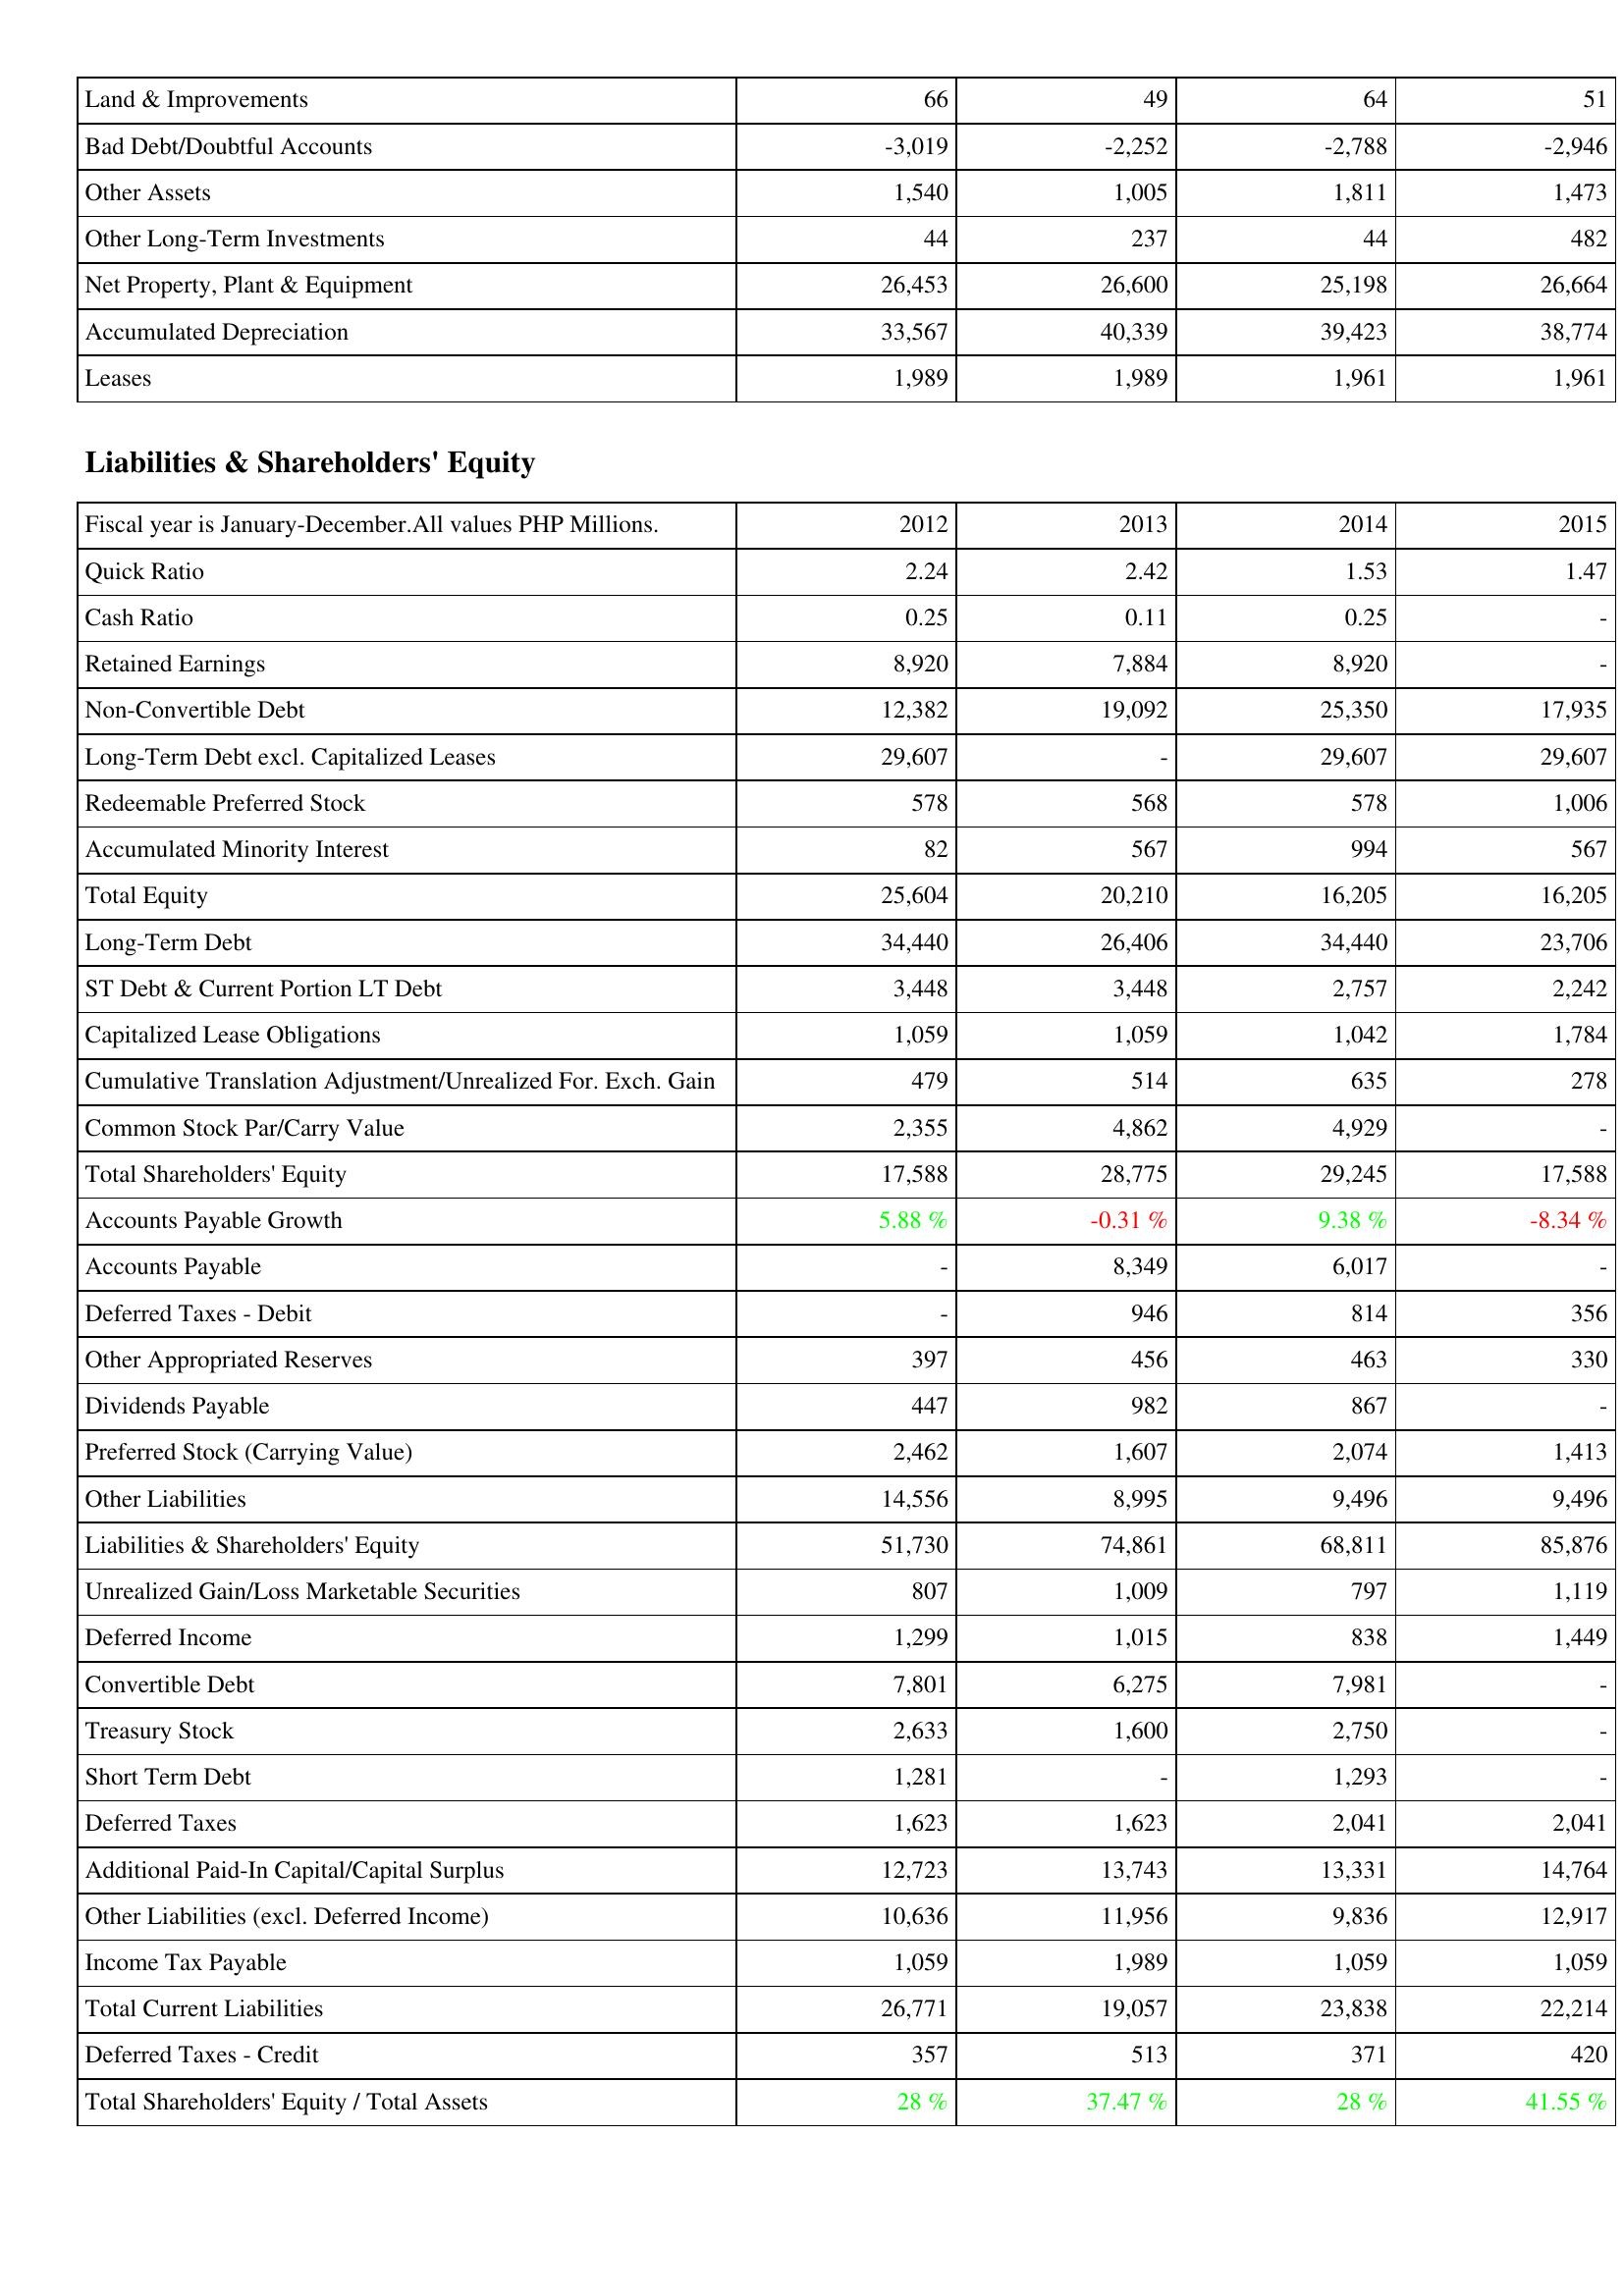
2012: Assets: Land & Improvements: 66
Bad Debt/Doubtful Accounts: -3,019
Other Assets: 1,540
Other Long-Term Investments: 44
Net Property, Plant & Equipment: 26,453
Accumulated Depreciation: 33,567
Leases: 1,989
Liabilities & Shareholders' Equity: Quick Ratio: 2.24
Cash Ratio: 0.25
Retained Earnings: 8,920
Non-Convertible Debt: 12,382
Long-Term Debt excl. Capitalized Leases: 29,607
Redeemable Preferred Stock: 578
Accumulated Minority Interest: 82
Total Equity: 25,604
Long-Term Debt: 34,440
ST Debt & Current Portion LT Debt: 3,448
Capitalized Lease Obligations: 1,059
Cumulative Translation Adjustment/Unrealized For. Exch. Gain: 479
Common Stock Par/Carry Value: 2,355
Total Shareholders' Equity: 17,588
Accounts Payable Growth: 5.88 %
Accounts Payable: -
Deferred Taxes - Debit: -
Other Appropriated Reserves: 397
Dividends Payable: 447
Preferred Stock (Carrying Value): 2,462
Other Liabilities: 14,556
Liabilities & Shareholders' Equity: 51,730
Unrealized Gain/Loss Marketable Securities: 807
Deferred Income: 1,299
Convertible Debt: 7,801
Treasury Stock: 2,633
Short Term Debt: 1,281
Deferred Taxes: 1,623
Additional Paid-In Capital/Capital Surplus: 12,723
Other Liabilities (excl. Deferred Income): 10,636
Income Tax Payable: 1,059
Total Current Liabilities: 26,771
Deferred Taxes - Credit: 357
Total Shareholders' Equity / Total Assets: 28 %
2013: Assets: Land & Improvements: 49
Bad Debt/Doubtful Accounts: -2,252
Other Assets: 1,005
Other Long-Term Investments: 237
Net Property, Plant & Equipment: 26,600
Accumulated Depreciation: 40,339
Leases: 1,989
Liabilities & Shareholders' Equity: Quick Ratio: 2.42
Cash Ratio: 0.11
Retained Earnings: 7,884
Non-Convertible Debt: 19,092
Long-Term Debt excl. Capitalized Leases: -
Redeemable Preferred Stock: 568
Accumulated Minority Interest: 567
Total Equity: 20,210
Long-Term Debt: 26,406
ST Debt & Current Portion LT Debt: 3,448
Capitalized Lease Obligations: 1,059
Cumulative Translation Adjustment/Unrealized For. Exch. Gain: 514
Common Stock Par/Carry Value: 4,862
Total Shareholders' Equity: 28,775
Accounts Payable Growth: -0.31 %
Accounts Payable: 8,349
Deferred Taxes - Debit: 946
Other Appropriated Reserves: 456
Dividends Payable: 982
Preferred Stock (Carrying Value): 1,607
Other Liabilities: 8,995
Liabilities & Shareholders' Equity: 74,861
Unrealized Gain/Loss Marketable Securities: 1,009
Deferred Income: 1,015
Convertible Debt: 6,275
Treasury Stock: 1,600
Short Term Debt: -
Deferred Taxes: 1,623
Additional Paid-In Capital/Capital Surplus: 13,743
Other Liabilities (excl. Deferred Income): 11,956
Income Tax Payable: 1,989
Total Current Liabilities: 19,057
Deferred Taxes - Credit: 513
Total Shareholders' Equity / Total Assets: 37.47 %
2014: Assets: Land & Improvements: 64
Bad Debt/Doubtful Accounts: -2,788
Other Assets: 1,811
Other Long-Term Investments: 44
Net Property, Plant & Equipment: 25,198
Accumulated Depreciation: 39,423
Leases: 1,961
Liabilities & Shareholders' Equity: Quick Ratio: 1.53
Cash Ratio: 0.25
Retained Earnings: 8,920
Non-Convertible Debt: 25,350
Long-Term Debt excl. Capitalized Leases: 29,607
Redeemable Preferred Stock: 578
Accumulated Minority Interest: 994
Total Equity: 16,205
Long-Term Debt: 34,440
ST Debt & Current Portion LT Debt: 2,757
Capitalized Lease Obligations: 1,042
Cumulative Translation Adjustment/Unrealized For. Exch. Gain: 635
Common Stock Par/Carry Value: 4,929
Total Shareholders' Equity: 29,245
Accounts Payable Growth: 9.38 %
Accounts Payable: 6,017
Deferred Taxes - Debit: 814
Other Appropriated Reserves: 463
Dividends Payable: 867
Preferred Stock (Carrying Value): 2,074
Other Liabilities: 9,496
Liabilities & Shareholders' Equity: 68,811
Unrealized Gain/Loss Marketable Securities: 797
Deferred Income: 838
Convertible Debt: 7,981
Treasury Stock: 2,750
Short Term Debt: 1,293
Deferred Taxes: 2,041
Additional Paid-In Capital/Capital Surplus: 13,331
Other Liabilities (excl. Deferred Income): 9,836
Income Tax Payable: 1,059
Total Current Liabilities: 23,838
Deferred Taxes - Credit: 371
Total Shareholders' Equity / Total Assets: 28 %
2015: Assets: Land & Improvements: 51
Bad Debt/Doubtful Accounts: -2,946
Other Assets: 1,473
Other Long-Term Investments: 482
Net Property, Plant & Equipment: 26,664
Accumulated Depreciation: 38,774
Leases: 1,961
Liabilities & Shareholders' Equity: Quick Ratio: 1.47
Cash Ratio: -
Retained Earnings: -
Non-Convertible Debt: 17,935
Long-Term Debt excl. Capitalized Leases: 29,607
Redeemable Preferred Stock: 1,006
Accumulated Minority Interest: 567
Total Equity: 16,205
Long-Term Debt: 23,706
ST Debt & Current Portion LT Debt: 2,242
Capitalized Lease Obligations: 1,784
Cumulative Translation Adjustment/Unrealized For. Exch. Gain: 278
Common Stock Par/Carry Value: -
Total Shareholders' Equity: 17,588
Accounts Payable Growth: -8.34 %
Accounts Payable: -
Deferred Taxes - Debit: 356
Other Appropriated Reserves: 330
Dividends Payable: -
Preferred Stock (Carrying Value): 1,413
Other Liabilities: 9,496
Liabilities & Shareholders' Equity: 85,876
Unrealized Gain/Loss Marketable Securities: 1,119
Deferred Income: 1,449
Convertible Debt: -
Treasury Stock: -
Short Term Debt: -
Deferred Taxes: 2,041
Additional Paid-In Capital/Capital Surplus: 14,764
Other Liabilities (excl. Deferred Income): 12,917
Income Tax Payable: 1,059
Total Current Liabilities: 22,214
Deferred Taxes - Credit: 420
Total Shareholders' Equity / Total Assets: 41.55 %